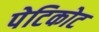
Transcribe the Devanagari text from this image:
पेटिकोट